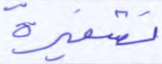
تشفيرة